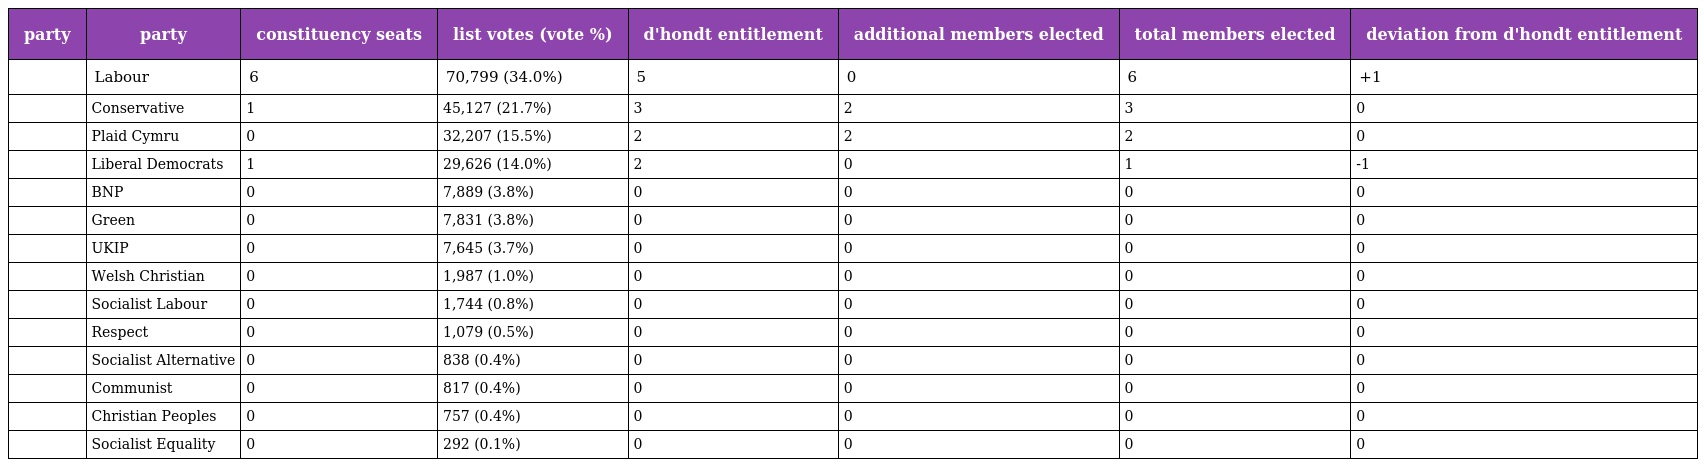
| party | party | constituency seats | list votes (vote %) | d'hondt entitlement | additional members elected | total members elected | deviation from d'hondt entitlement |
 | --- | --- | --- | --- | --- | --- | --- | --- |
 |  | Labour | 6 | 70,799 (34.0%) | 5 | 0 | 6 | +1 |
 |  | Conservative | 1 | 45,127 (21.7%) | 3 | 2 | 3 | 0 |
 |  | Plaid Cymru | 0 | 32,207 (15.5%) | 2 | 2 | 2 | 0 |
 |  | Liberal Democrats | 1 | 29,626 (14.0%) | 2 | 0 | 1 | -1 |
 |  | BNP | 0 | 7,889 (3.8%) | 0 | 0 | 0 | 0 |
 |  | Green | 0 | 7,831 (3.8%) | 0 | 0 | 0 | 0 |
 |  | UKIP | 0 | 7,645 (3.7%) | 0 | 0 | 0 | 0 |
 |  | Welsh Christian | 0 | 1,987 (1.0%) | 0 | 0 | 0 | 0 |
 |  | Socialist Labour | 0 | 1,744 (0.8%) | 0 | 0 | 0 | 0 |
 |  | Respect | 0 | 1,079 (0.5%) | 0 | 0 | 0 | 0 |
 |  | Socialist Alternative | 0 | 838 (0.4%) | 0 | 0 | 0 | 0 |
 |  | Communist | 0 | 817 (0.4%) | 0 | 0 | 0 | 0 |
 |  | Christian Peoples | 0 | 757 (0.4%) | 0 | 0 | 0 | 0 |
 |  | Socialist Equality | 0 | 292 (0.1%) | 0 | 0 | 0 | 0 |